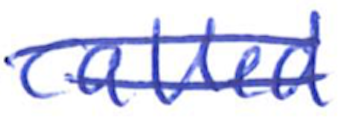
Text: called
Cross-out: double-line
Writing tool: ballpoint